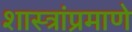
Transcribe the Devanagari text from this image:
शास्त्रांप्रमाणे